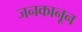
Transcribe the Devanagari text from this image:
जनकानून